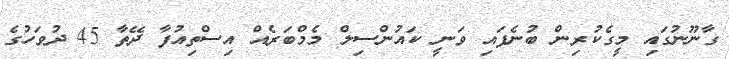
ގާނޫނުގައި މީގެކުރިން ބުނެފައި ވަނީ ކައުންސިލް މެމްބަރެއް އިސްތިއުފާ ދޭތާ 45 ދުވަހުގެ